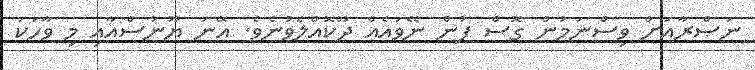
ނަޞްރާއަށް ވިސްނަމުން ގޮސް ފުން ނޭވައެއް ދޫކޮއްލެވުނެވެ. އޭނަ ޔޫނުސްއާއި މި ވާހަކަ